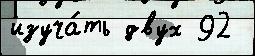
изуча́ть двух 92